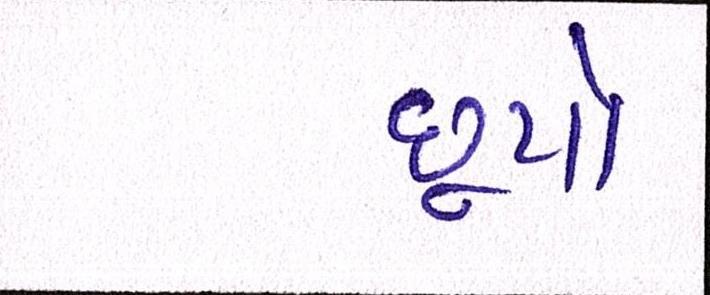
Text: છૂપો